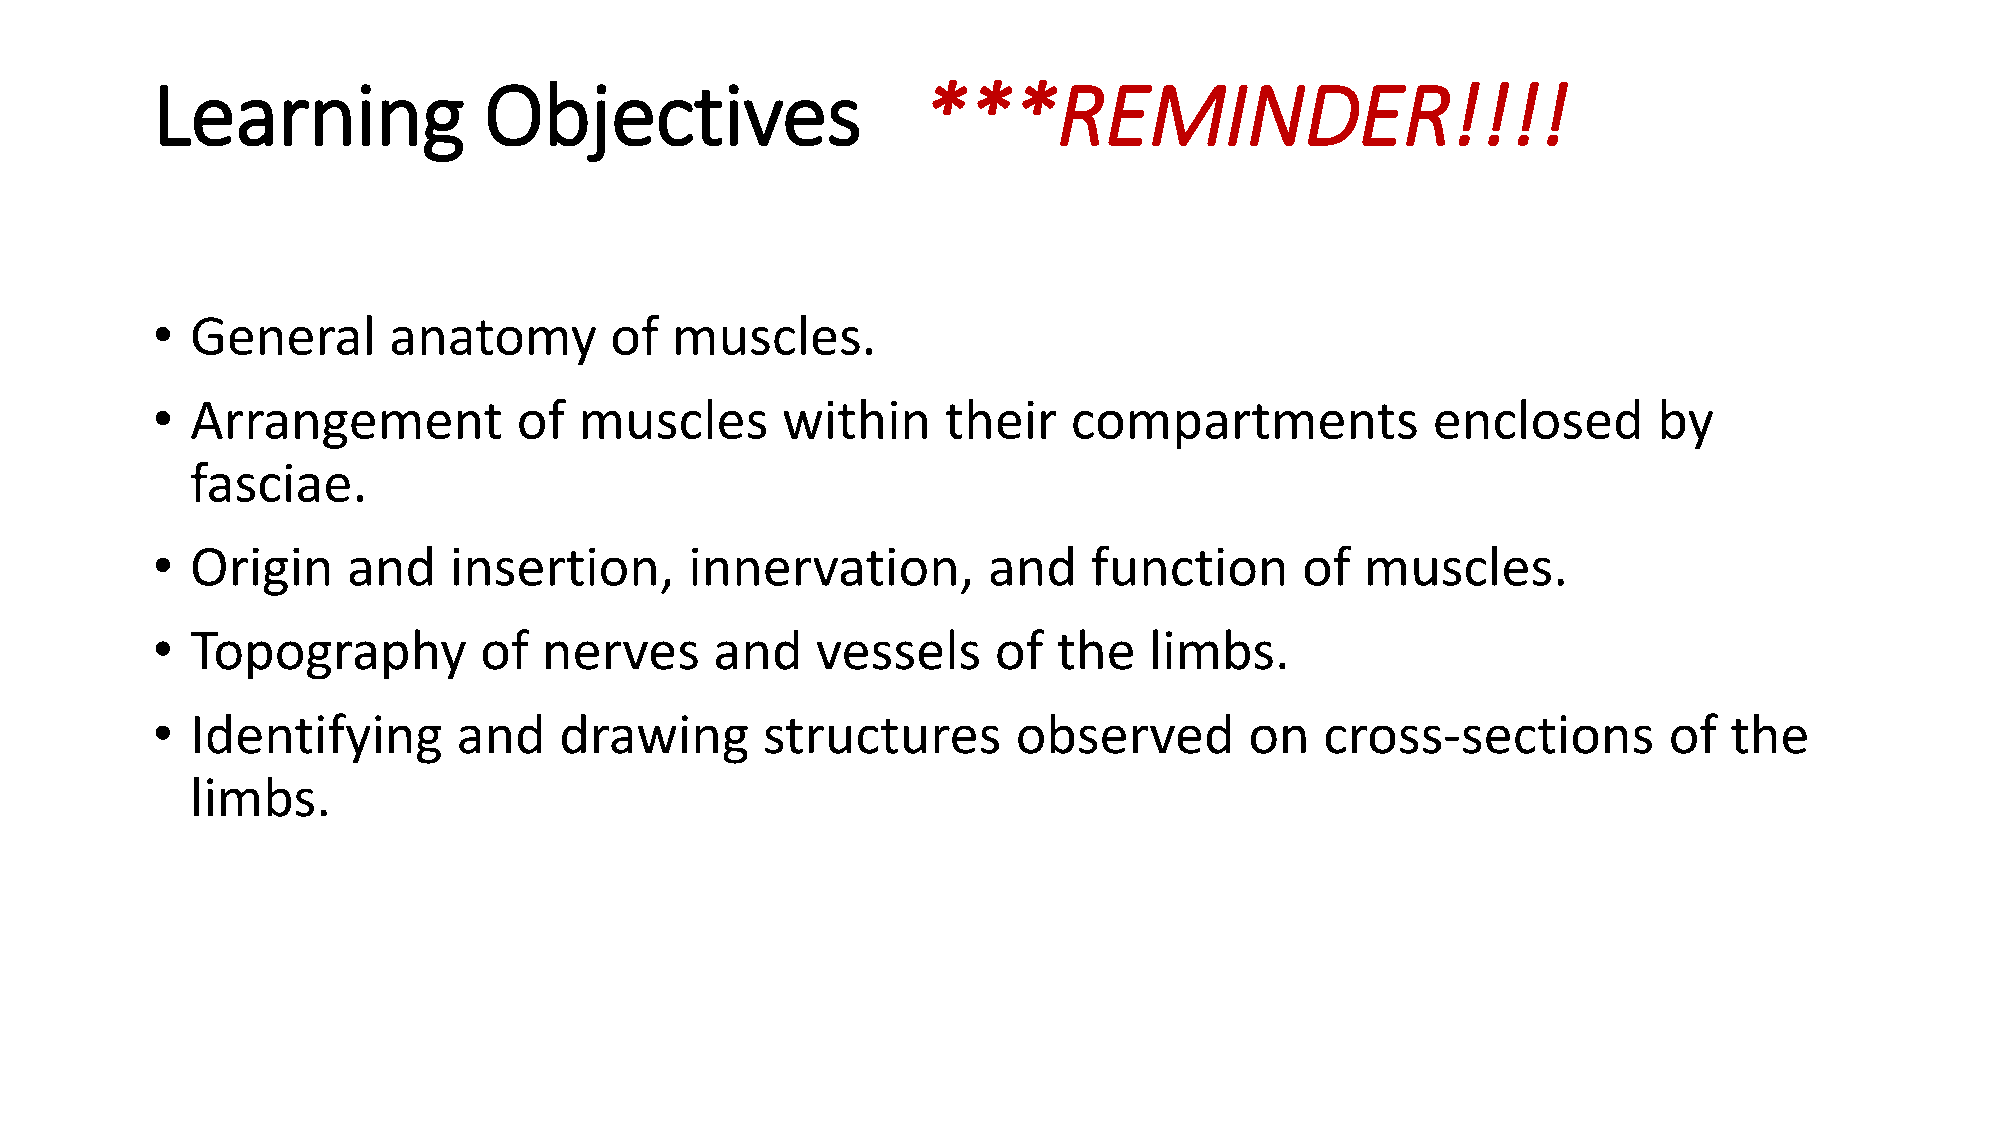
Learning              Objectives                   ***REMINDER!!!!
 •  General      anatomy       of  muscles.
 •  Arrangement          of  muscles       within     their   compartments            enclosed       by
 fasciae.
 •  Origin    and    insertion,      innervation,       and    function      of  muscles.
 •  Topography         of  nerves     and    vessels     of  the   limbs.
 •  Identifying      and    drawing      structures       observed        on   cross-sections        of   the
 limbs.